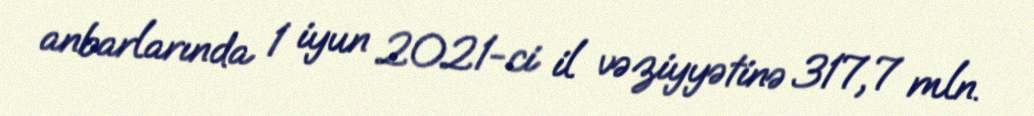
anbarlarında 1 iyun 2021-ci il vəziyyətinə 317,7 mln.